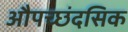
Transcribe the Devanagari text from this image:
औपच्छंदसिक